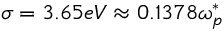
\sigma = 3 . 6 5 e V \approx 0 . 1 3 7 8 \omega _ { p } ^ { * }